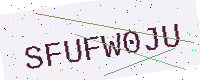
Text: SFUFW0JU